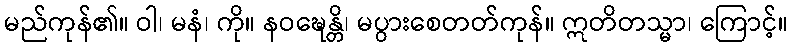
မည်ကုန်၏။ ဝါ၊ မနံ၊ ကို။ နဝဍ္ဎေန္တိ၊ မပွားစေတတ်ကုန်။ ဣတိတသ္မာ၊ ကြောင့်။